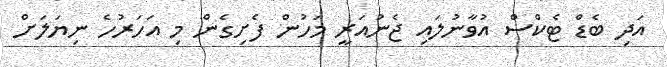
އަދި ބެޑް ޓެކްސް އުވާނުލައި ޖެނުއަރީ މަހުން ފެށިގެން މި އަހަރުހެ ނިޔަލަށް